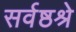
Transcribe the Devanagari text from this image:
सर्वष्ठश्रे